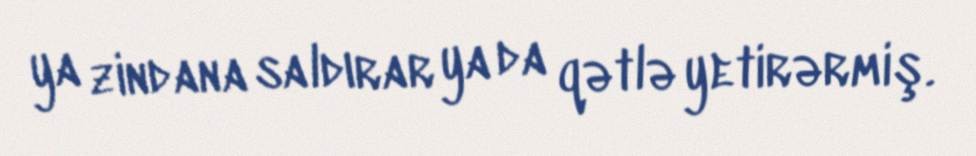
ya zindana saldırar ya da qətlə yetirərmiş.